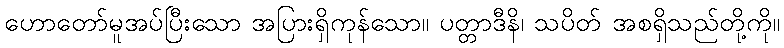
ဟောတော်မူအပ်ပြီးသော အပြားရှိကုန်သော။ ပတ္တာဒီနိ၊ သပိတ် အစရှိသည်တို့ကို။